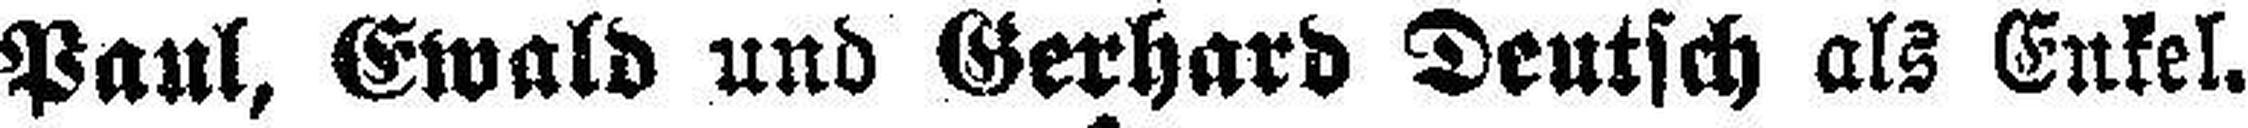
Paul, Ewald und Gerhard Deutsch als Enkel.